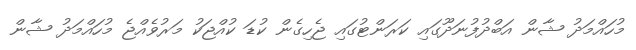
މުހައްމަދު ޝާން އަބްދުފުނަދޫގައި ކަރަންޓުގައި ޖެހިގެން ކުޑަ ކުއްޖަކު މަރުވެއްޖެ މުހައްމަދު ޝާން